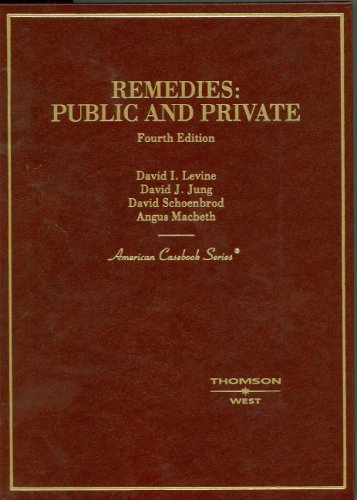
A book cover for Remedies: Public And Private 4th Edition (American Casebook Series); David Levine; Law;